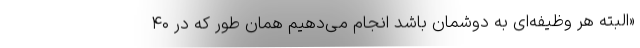
«البته هر وظیفه‌ای به دوشمان باشد انجام می‌دهیم همان طور که در ۴۰